Leaving Certificate Examination (including Day School Certificate (Higher) General paper), 1926
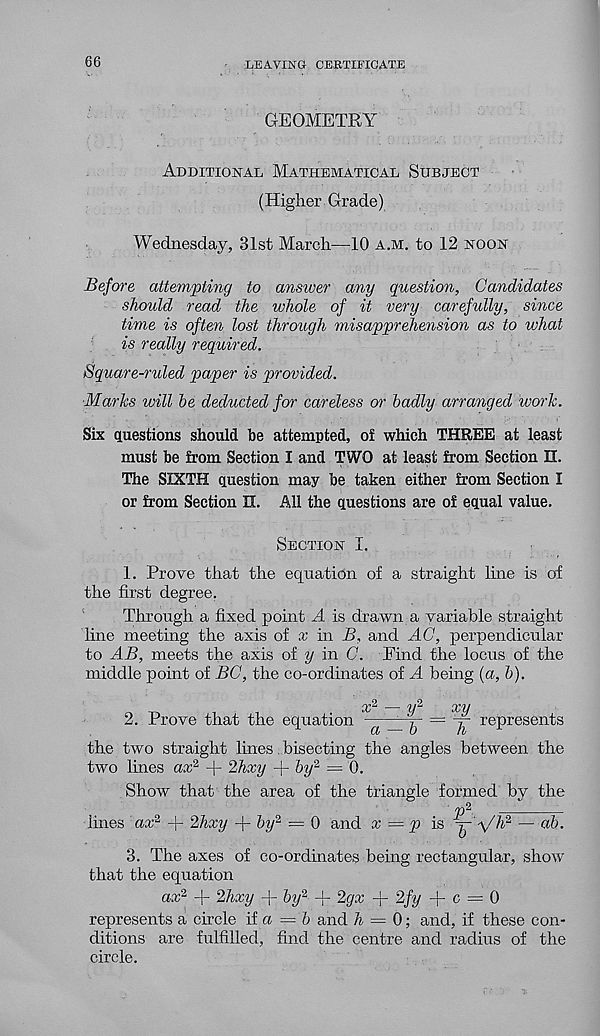
66
LEAVING CERTIFICATE
GEOMETRY
Additional Mathematical Subject
(Higher Grade)
Wednesday, 31st March—10 a.m. to 12 noon
Before attempting to ansioer any question, Candidates
should read the whole of it very carefully, since
time is often lost through misapprehension as to what
is really required.
Square-ruled paper is provided.
Marks will he deducted for careless or badly arranged work.
Six questions should be attempted, of which THREE at least
must be from Section I and TWO at least from Section n.
The SIXTH question may be taken either from Section I
or from Section LL All the questions are of equal value.
Section I.
1. Prove that the equation of a straight line is of
the first degree.
Through a fixed point A is drawn a variable straight
line meeting the axis of x in B, and AC, perpendicular
to AB, meets the axis of y in C. Find the locus of the
middle point of BC, the co-ordinates of A being (a, h).
„ n
,
,
x 2 — y 2
xy
2. Prove that the equation a
= j- represents
the two straight lines. bisecting the angles between the
two lines ax 2 + 2hxy -f by 2 — 0.
Show that the area of the triangle formed by the
o
p 2
lines ax 2 + 2hxy + by 2 — 0 and x = p is ^'^h 2 — ah.
3. The axes of co-ordinates being rectangular, show
that the equation
ax 2 + Zhxy + by 2 + 2gx -j- 2fy -f- c = 0
represents a circle iia =b and /i = 0; and, if these con-
ditions are fulfilled, find the centre and radius of the
circle.